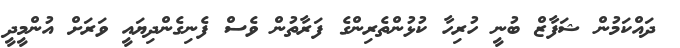
ދައްކަމުން ޝަފާޒް ބުނީ ހުރިހާ ކުޅުންތެރިންގެ ފަރާތުން ވެސް ފެނިގެންދިޔައީ ވަރަށް އުންމީދީ